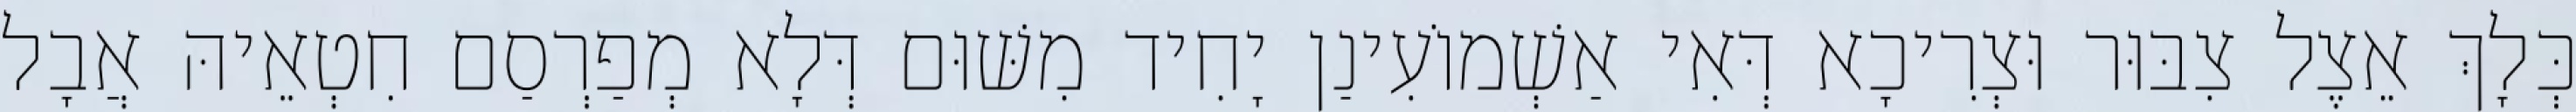
כְּלָךְ אֵצֶל צִבּוּר וּצְרִיכָא דְּאִי אַשְׁמוֹעִינַן יָחִיד מִשּׁוּם דְּלָא מְפַרְסַם חִטְאֵיהּ אֲבָל